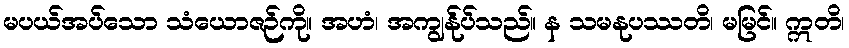
မပယ်အပ်သော သံယောဇဉ်ကို။ အဟံ၊ အကျွန်ုပ်သည်။ န သမနုပဿတိ၊ မမြင်။ ဣတိ၊